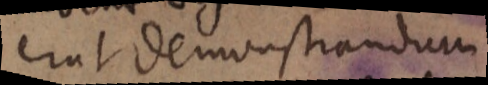
erat demonstrandum